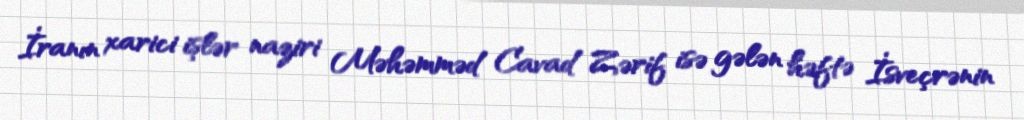
İranın xarici işlər naziri Məhəmməd Cavad Zərif isə gələn həftə İsveçrənin